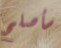
سأصلح